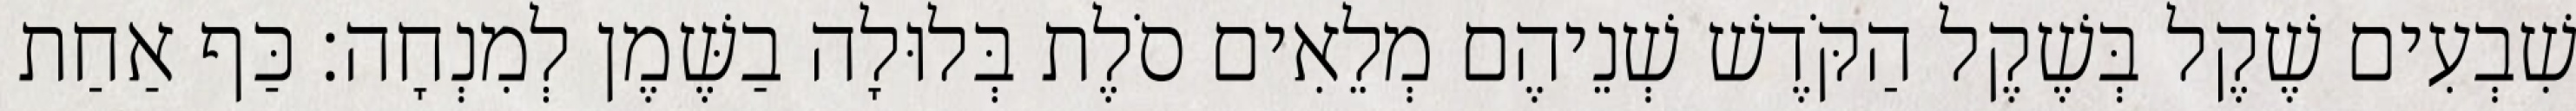
שִׁבְעִים שֶׁקֶל בְּשֶׁקֶל הַקֹּדֶשׁ שְׁנֵיהֶם מְלֵאִים סֹלֶת בְּלוּלָה בַשֶּׁמֶן לְמִנְחָה׃ כַּף אַחַת